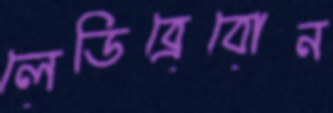
লেডিব্রেবোন